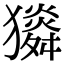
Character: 𤢯